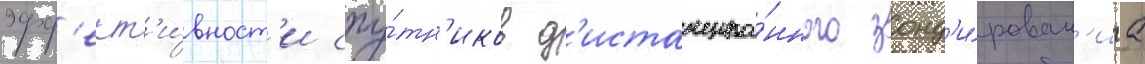
эфф'ект'и́вност'и спу́тн'иков д'истанцио́нного зонд'и́рован'иа